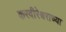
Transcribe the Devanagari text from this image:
करवीरेश्वराच्या